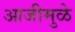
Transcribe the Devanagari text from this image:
आजीमुळे